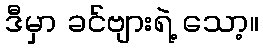
ဒီမှာ ခင်ဗျားရဲ့ သော့။